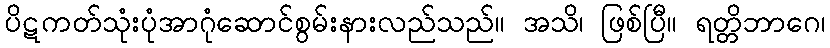
ပိဋကတ်သုံးပုံအာဂုံဆောင်စွမ်းနားလည်သည်။ အသိ၊ ဖြစ်ပြီ။ ရတ္တိဘာဂေ၊